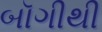
બૉગીથી